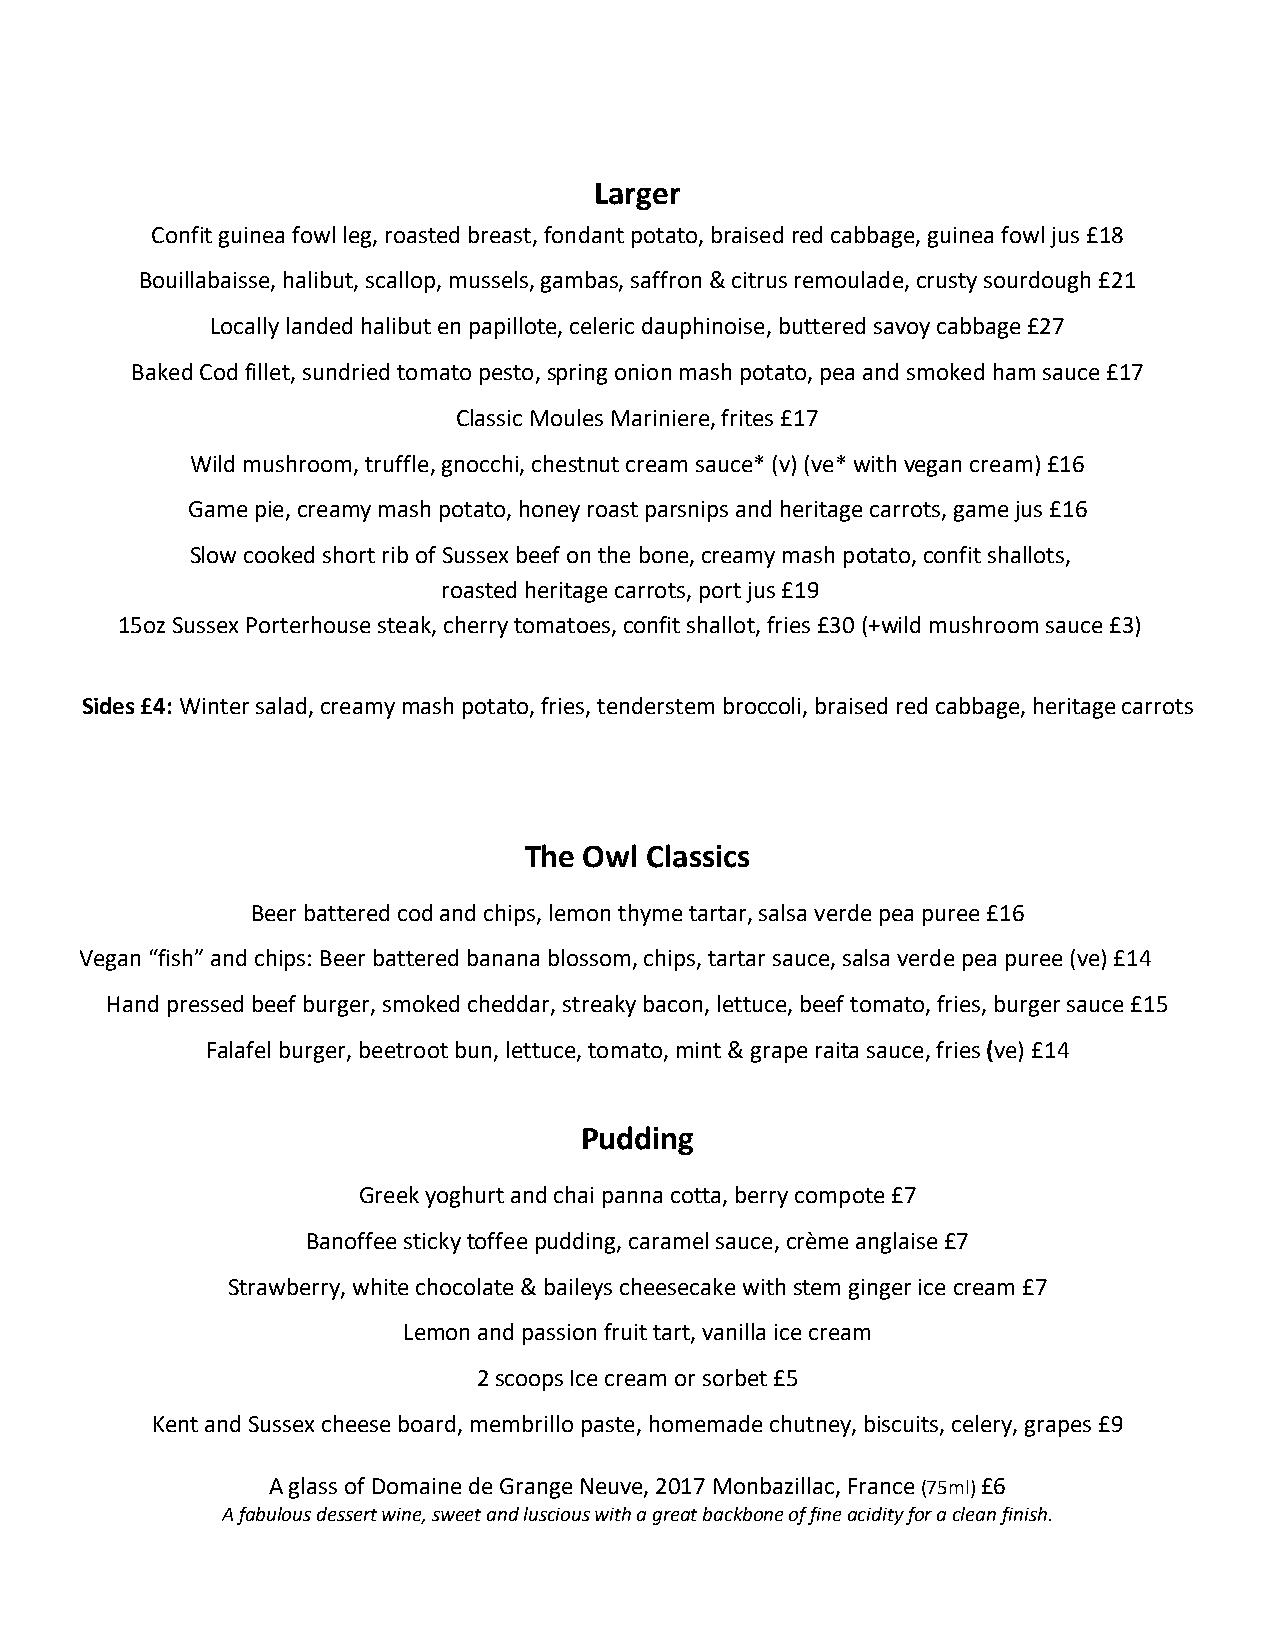
Larger
 Confit guinea fowl leg, roasted breast, fondant potato, braised red cabbage, guinea fowl jus £18
 Bouillabaisse, halibut, scallop, mussels, gambas, saffron & citrus remoulade, crusty sourdough £21
 Locally landed halibut en papillote, celeric dauphinoise, buttered savoy cabbage £27
 Baked Cod fillet, sundried tomato pesto, spring onion mash potato, pea and smoked ham sauce £17
 Classic Moules Mariniere, frites £17
 Wild mushroom, truffle, gnocchi, chestnut cream sauce* (v) (ve* with vegan cream) £16
 Game pie, creamy mash potato, honey roast parsnips and heritage carrots, game jus £16
 Slow cooked short rib of Sussex beef on the bone, creamy mash potato, confit shallots,
 roasted heritage carrots, port jus £19
 15oz Sussex Porterhouse steak, cherry tomatoes, confit shallot, fries £30 (+wild mushroom sauce £3)
 Sides £4: Winter salad, creamy mash potato, fries, tenderstem broccoli, braised red cabbage, heritage carrots
 The Owl Classics
 Beer battered cod and chips, lemon thyme tartar, salsa verde pea puree £16
 Vegan “fish” and chips: Beer battered banana blossom, chips, tartar sauce, salsa verde pea puree (ve) £14
 Hand pressed beef burger, smoked cheddar, streaky bacon, lettuce, beef tomato, fries, burger sauce £15
 Falafel burger, beetroot bun, lettuce, tomato, mint & grape raita sauce, fries (ve) £14
 Pudding
 Greek yoghurt and chai panna cotta, berry compote £7
 Banoffee sticky toffee pudding, caramel sauce, crème anglaise £7
 Strawberry, white chocolate & baileys cheesecake with stem ginger ice cream £7
 Lemon and passion fruit tart, vanilla ice cream
 2 scoops Ice cream or sorbet £5
 Kent and Sussex cheese board, membrillo paste, homemade chutney, biscuits, celery, grapes £9
 A glass of Domaine de Grange Neuve, 2017 Monbazillac, France (75ml) £6
 A fabulous dessert wine, sweet and luscious with a great backbone of fine acidity for a clean finish.